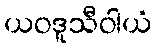
ယဝဒူသီဝါယံ